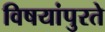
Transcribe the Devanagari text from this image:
विषयांपुरते